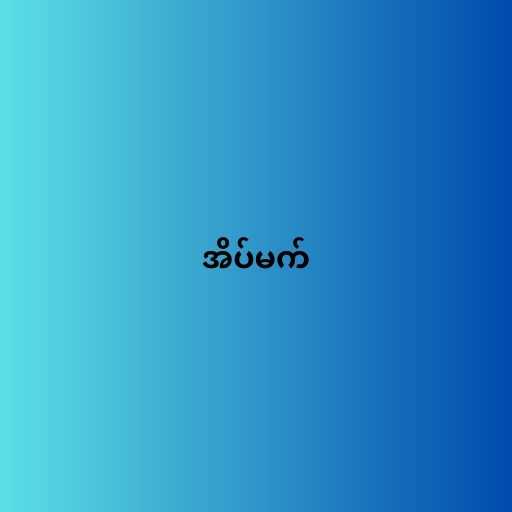
အိပ်မက်